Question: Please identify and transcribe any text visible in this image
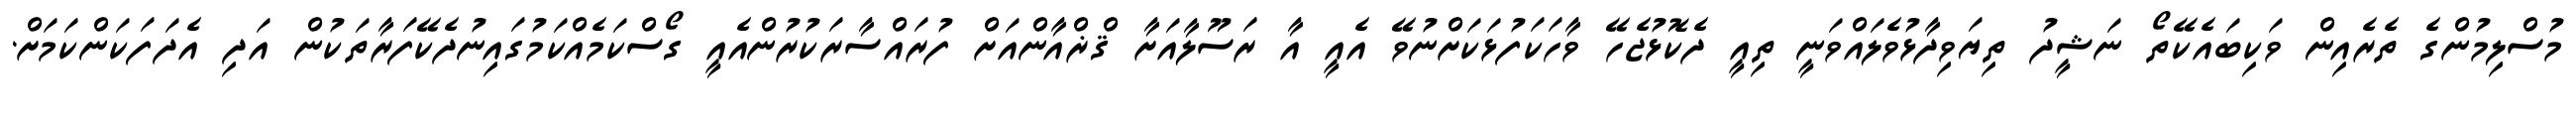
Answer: މުސްލިމުންގެ ތެރެއިން ވަކިބައެކޭތޯ ނަޝީދު ތިޔަވިދާޅުވެލައްވަނީ ތިއީ ދެކޮޅުޖެހޭ ވާހަކަފުޅަކަށްނުވޭ އެއީ އާ ރަސޫލާއަށާ ޤްޜްއާންއަށް ފުރައްސާރަކުރުންއެއީ ގޯސްކަމެއްކަމުގައިނުދެކޭފަރާތަކުން އަދި އެދަފަކަންކަމަށް.